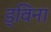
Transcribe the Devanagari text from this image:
ड्विना